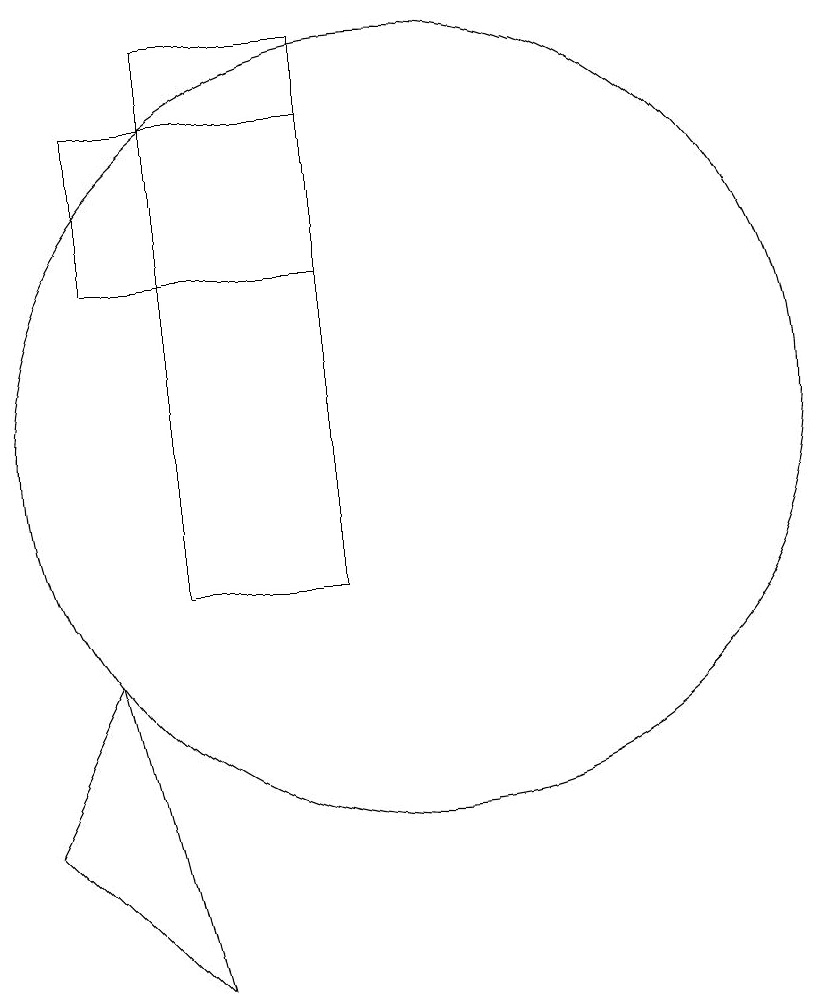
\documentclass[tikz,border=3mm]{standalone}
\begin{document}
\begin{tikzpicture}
\draw (6,9) -- (5,7) -- (7,5) -- cycle;
\draw (9,16) rectangle (6,14);
\draw (10,12) circle (5);
\draw (9,10) rectangle (7,17);
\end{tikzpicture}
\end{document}